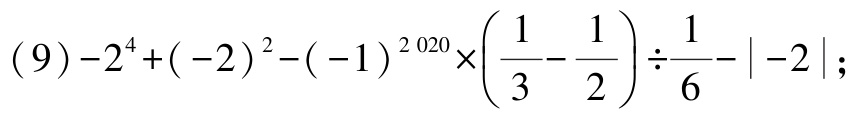
\((9)-2^{4}+(-2)^{2}-(-1)^{2020}\times\left(\dfrac{1}{3}-\dfrac{1}{2}\right)\div\dfrac{1}{6}-\vert -2\vert;\)